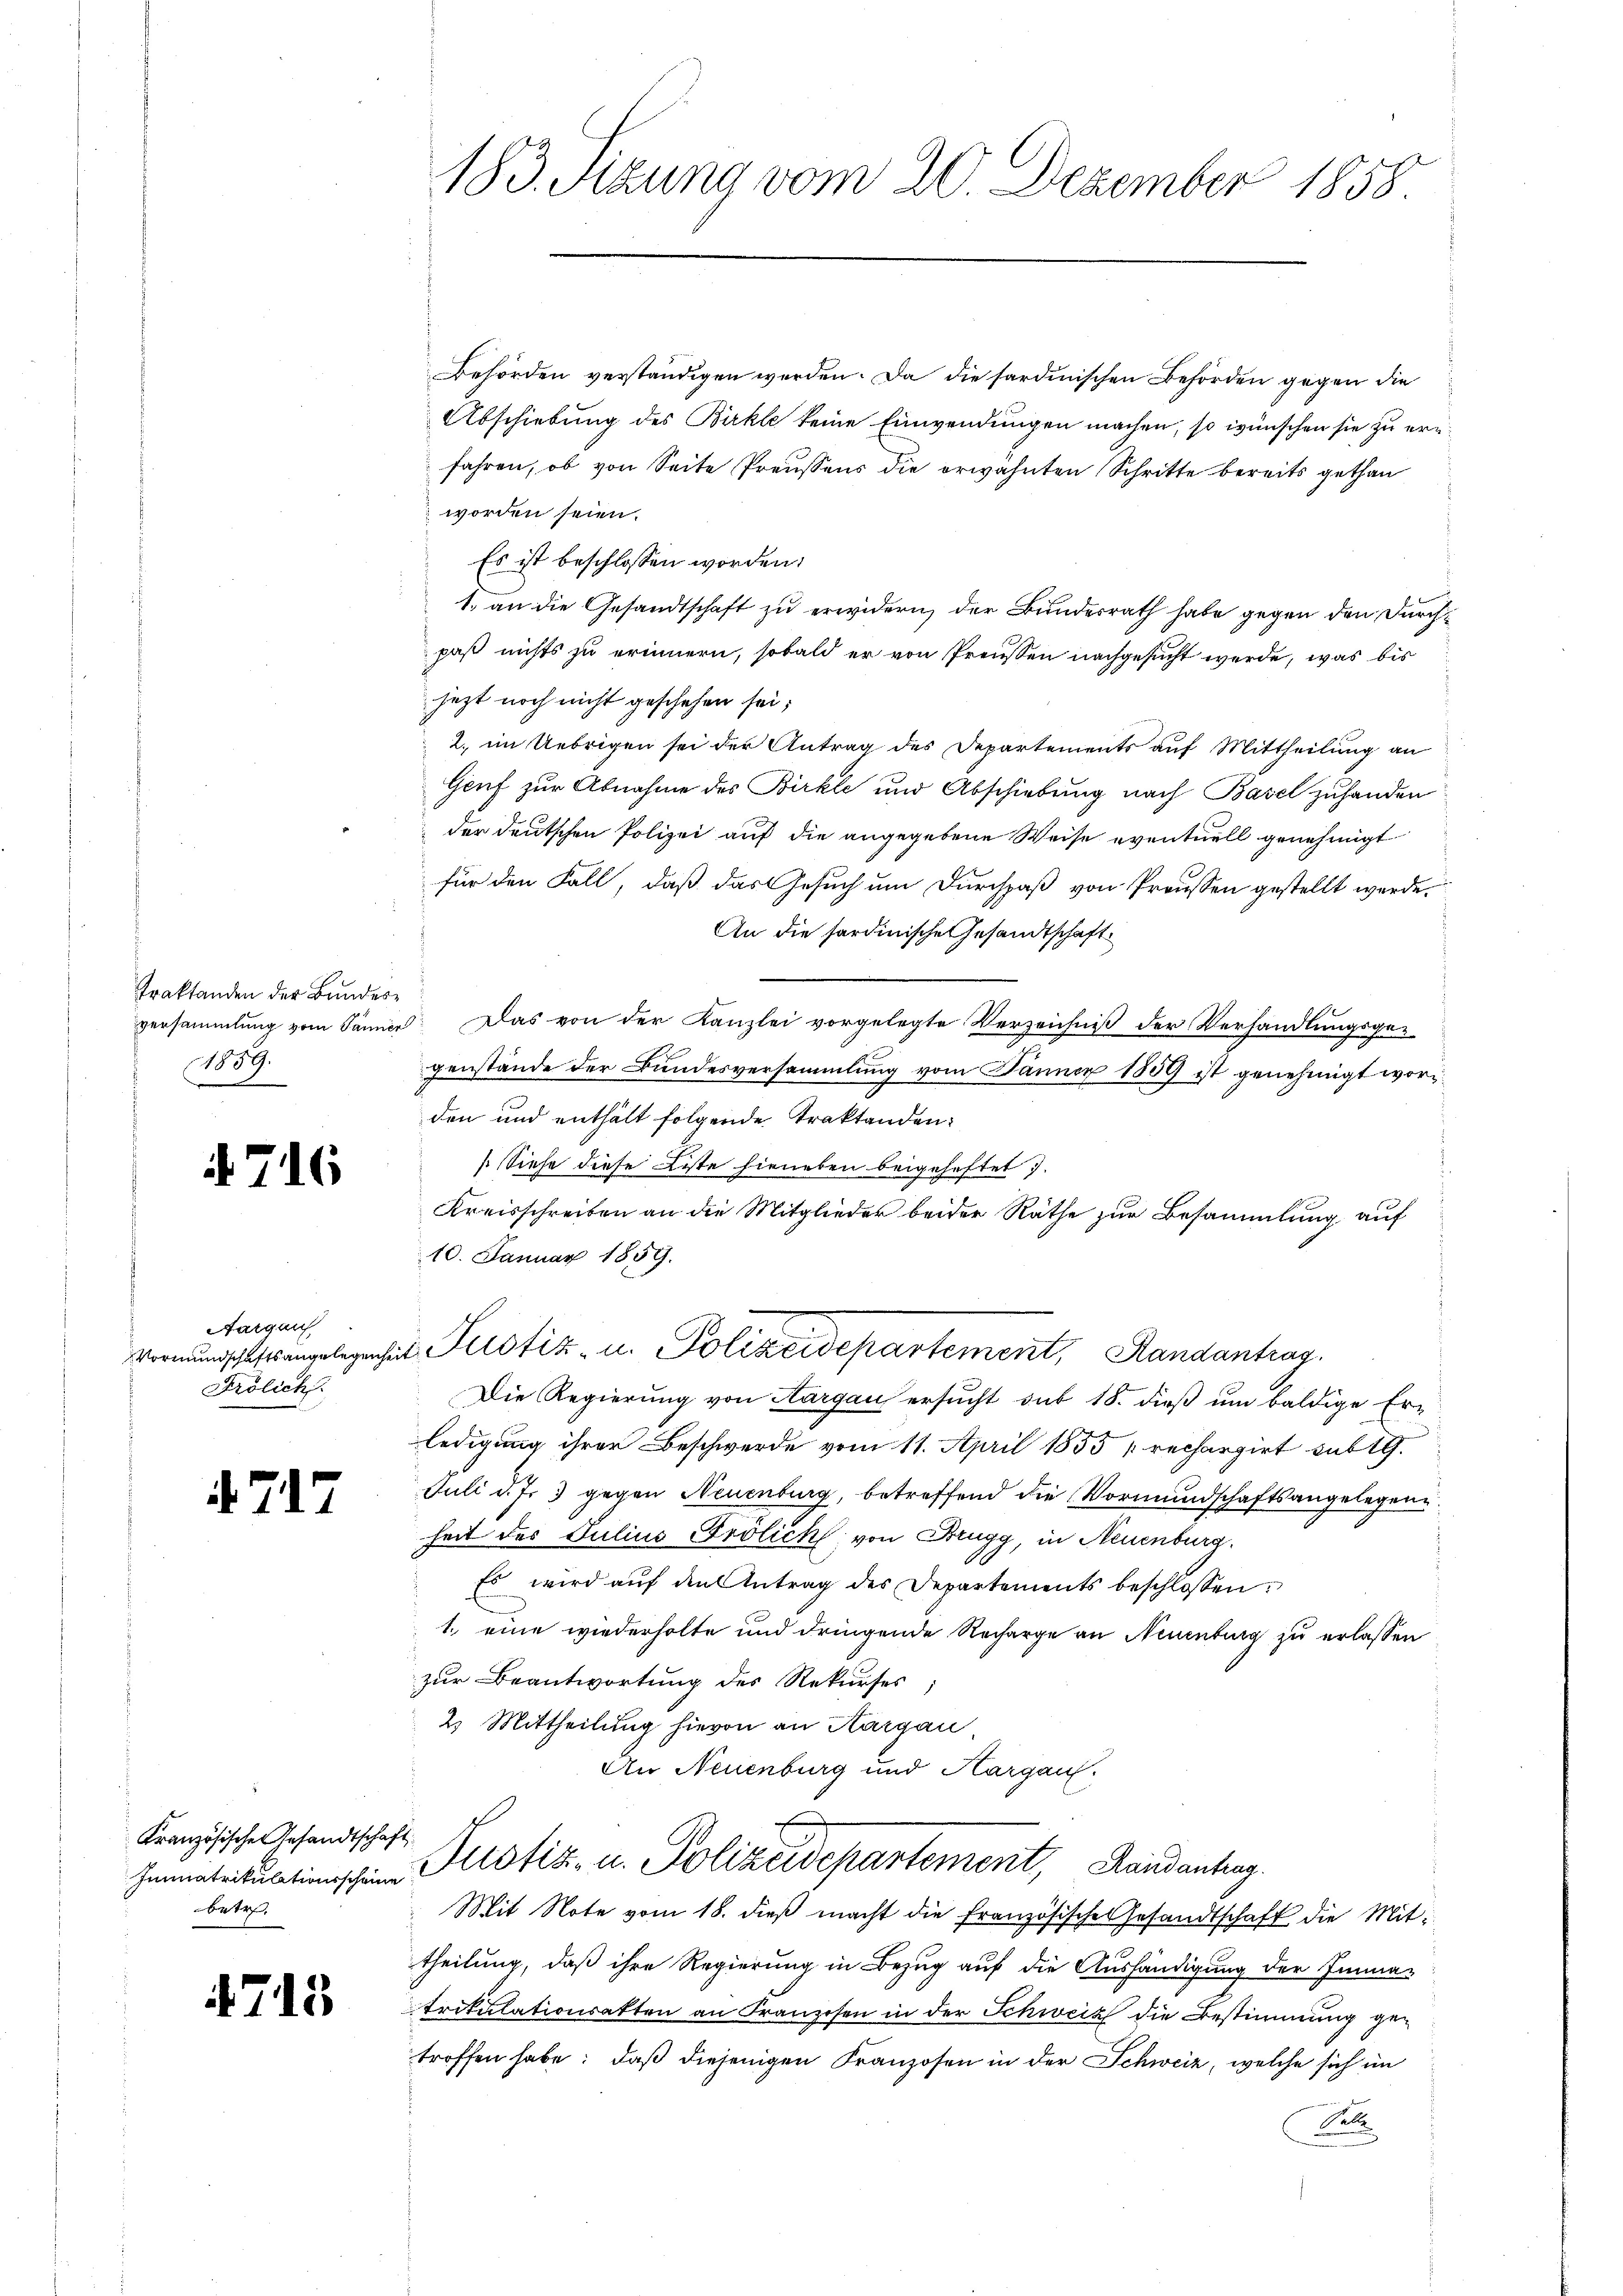
Traktanden der Bundes¬
859.

716

Aargau
Frölich.

4. 77

Kranzösische Gesandtschaft
betre

4715

183. Sizung vom 20. Dezember 1858.

Behörden verständigen werden. Da die sardinischen Behörden gegen die
Abschiebung des Birkte keine Einwendungen machen, so wünschen sie zu erfahren, ob von Seite Preussens die erwähnten Schritte bereits gethan
worden seien.
Es ist beschlossen worden.
1. an die Gesandtschaft zu erwidern, der Bundesrath habe gegen den Durchpaß nichts zu erinnern, sobald er von Preussen nachgesucht werde, was bis
jezt noch nicht geschehen sei;
2. im Uebrigen sei der Antrag des Departements auf Mittheilung an
Genf zur Abnahme des Birkte und Abschiebung nach Basel zuhanden
der deutschen Polizei auf die angegebene Weise eventuell genehmigt
für den Fall, daß das Gesuch um Durchpaß von Preussen gestellt werde.
An die sardinische Gesandtschaft
versammlung vom Sänner Das von der Kanzlei vorgelegte Verzeichniß der Verhandlungsgeeh
genstände der Bundesversammlung vom Jänner 1859 ist genehmigt worden und enthält folgende Traktanden:
[Siehe diese Liste hieneben beigeheftet.
Kreisschreiben an die Mitglieder beider Räthe zur Besammlung auf
10. Januar 1859.
Vormundschaftungelegenheit Justiz- u. Polizeidepartement, Handantrag.
Die Regierung von Aargau ersucht sub 18. dieß um baldige Erledigung ihrer Beschwerde vom 11. April 1855 „rechargirt subtg.
Juli d. Js. 3 gegen Neuenburg, betreffend die Vormundschaftsangelegene.
heit des Julius Frölich von Brugg, in Neuenburg.
Es wird aŭf den Antrag des Departements beschlossen:
1. eine wiederholte und dringende Recharge an Neuenburg zu erlassen
zur Beantwortung des Rekurses;
2. Mittheilung hievon an Kargau
An Neuenburg und Hargau.

theilung, daß ihre Regierung in Bezug auf die Aushändigung der Immatrikulationsakten an Franzosen in der Schweiz die Bestimmung getroffen habe; daß diejenigen Franzosen in der Schweiz, welche sich im
F

Immatrikulationschine Bestiz- u. Polizeidepartement, Landanhag
Mit Note vom 18. dieβ macht die französische Gesandtschaft die Mit¬